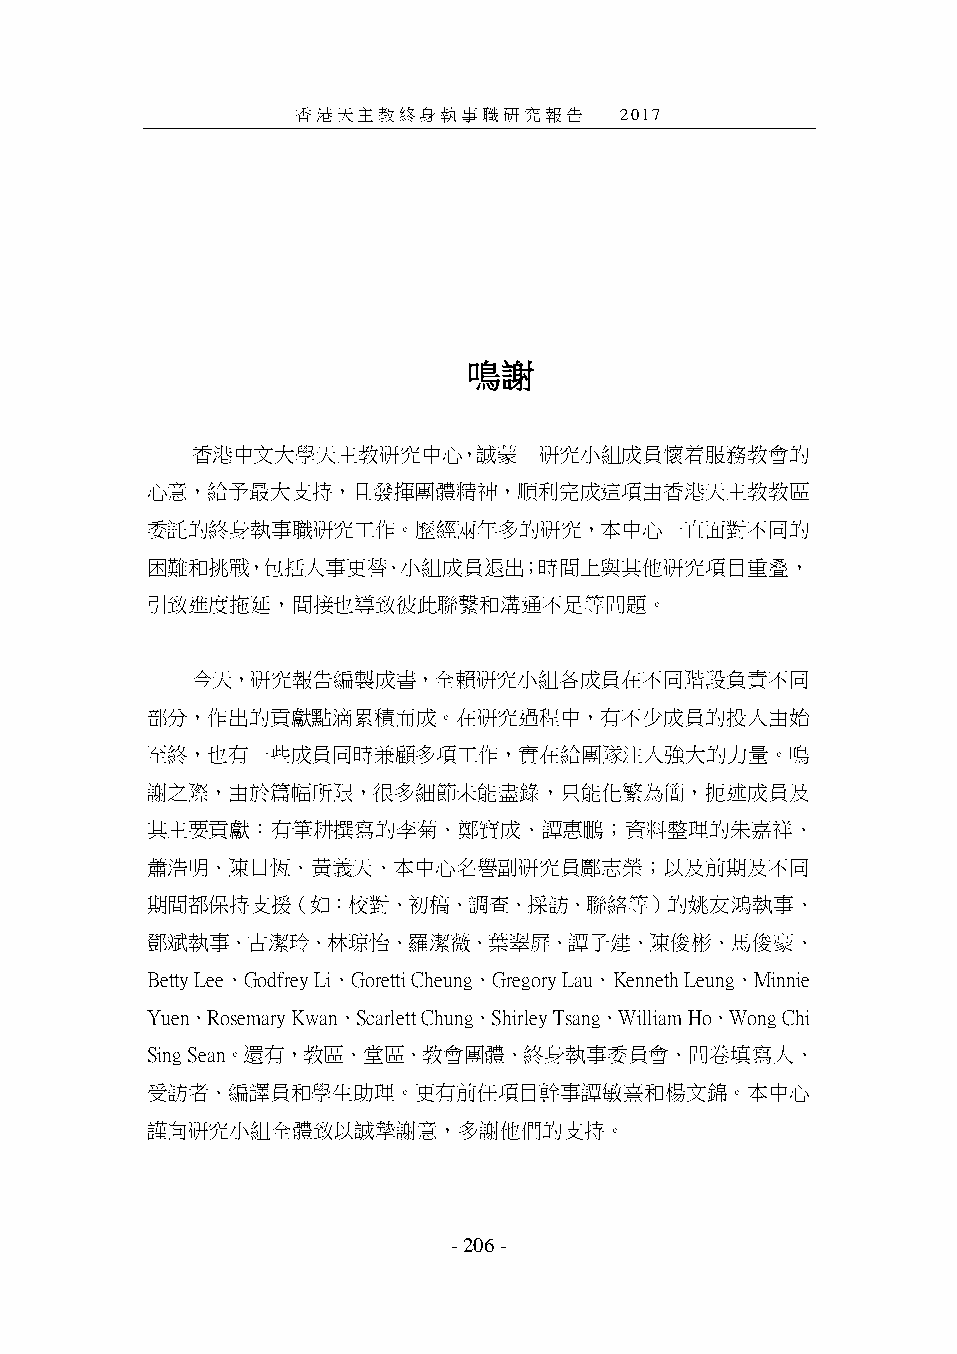
香港天主教終身執事職研究報告──2017
 鳴謝
 香港中文大學天主教研究中心，誠蒙       研究小組成員懷着服務教會的
 心意，給予最大支持，且發揮團體精神，順利完成這項由香港天主教教區
 委託的終身執事職研究工作。歷經兩年多的研究，本中心一直面對不同的
 困難和挑戰，包括人事更替、小組成員退出；時間上與其他研究項目重叠，
 引致進度拖延，間接也導致彼此聯繫和溝通不足等問題。
 今天，研究報告編製成書，全賴研究小組各成員在不同階段負責不同
 部分，作出的貢獻點滴累積而成。在研究過程中，有不少成員的投入由始
 至終，也有一些成員同時兼顧多項工作，實在給團隊注入強大的力量。鳴
 謝之際，由於篇幅所限，很多細節未能盡錄，只能化繁為簡，扼述成員及
 其主要貢獻：有筆耕撰寫的李菊、鄭寶成、譚惠鵬；資料整理的朱嘉祥、
 蕭浩明、陳日恆、黃義天、本中心名譽副研究員鄺志榮；以及前期及不同
 期間都保持支援（如：校對、初稿、調查、採訪、聯絡等）的姚友鴻執事、
 鄧斌執事、古潔玲、林琼怡、羅潔薇、葉翠屏、譚子建、陳俊彬、馬俊豪、
 Betty Lee、Godfrey Li、Goretti Cheung、Gregory Lau、Kenneth Leung、Minnie
 Yuen、Rosemary Kwan、Scarlett Chung、Shirley Tsang、William Ho、Wong Chi
 Sing Sean。還有，教區、堂區、教會團體、終身執事委員會、問卷填寫人、
 受訪者、編譯員和學生助理。更有前任項目幹事譚敏熹和楊文錦。本中心
 謹向研究小組全體致以誠摯謝意，多謝他們的支持。
 - 206 -